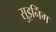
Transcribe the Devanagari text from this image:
सुइनिंग